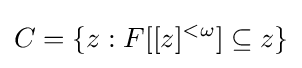
C=\{z:F[[z]^{<\omega }]\subseteq z\}